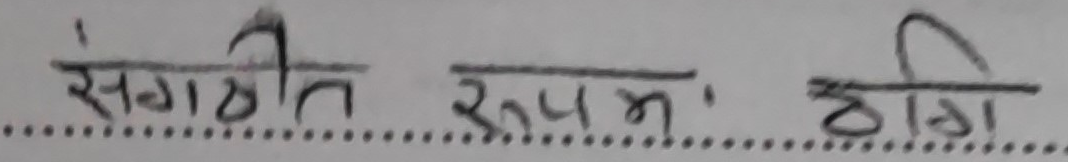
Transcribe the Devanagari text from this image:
संगठित रूपमा ठगि